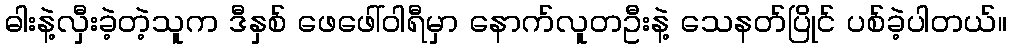
ဓါးနဲ့လှီးခဲ့တဲ့သူက ဒီနှစ် ဖေဖေါ်ဝါရီမှာ နောက်လူတဦးနဲ့ သေနတ်ပြိုင် ပစ်ခဲ့ပါတယ်။